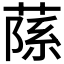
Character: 𦶽